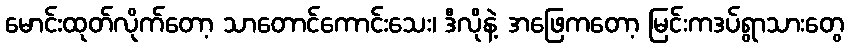
မောင်းထုတ်လိုက်တော့ သာတောင်ကောင်းသေး၊ ဒီလိုနဲ့ အဖြေကတော့ မြင်းကဒပ်ရွာသားတွေ